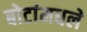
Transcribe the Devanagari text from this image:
बोटांमधले